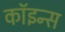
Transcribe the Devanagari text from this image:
कॉइन्स